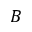
B